Leaving Certificate Examination (including Day School Certificate (Higher) General paper), 1928
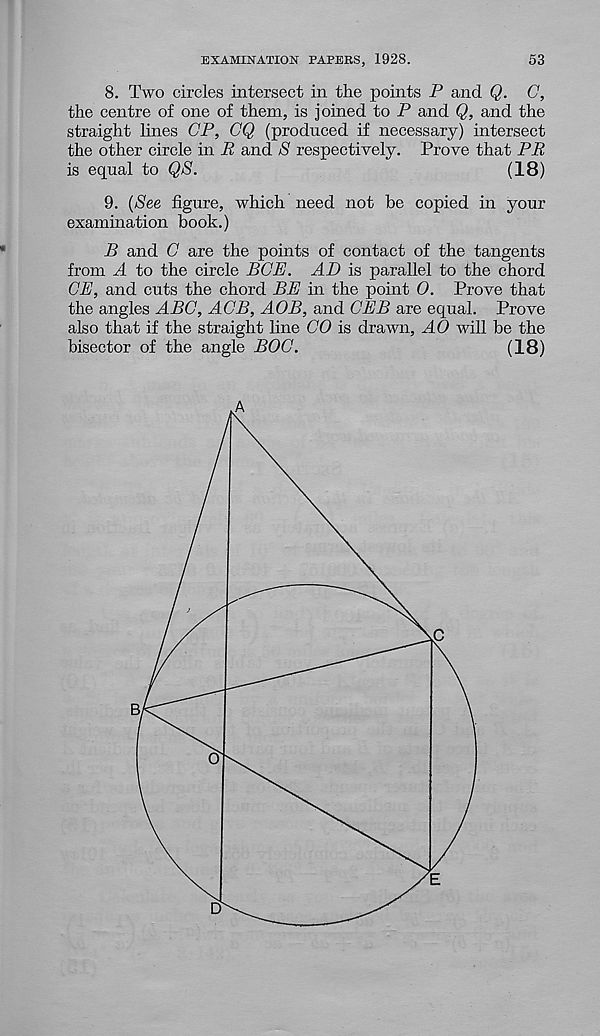
EXAMINATION PAPERS, 1928.
53
8. Two circles intersect in the points P and Q. C,
the centre of one of them, is joined to P and Q, and the
straight lines CP, CQ (produced if necessary) intersect
the other circle in R and S respectively. Prove that PR
is equal to QS.
(18)
9. (See figure, which need not be copied in your
examination book.)
B and C are the points of contact of the tangents
from A to the circle BCE. AD is parallel to the chord
CE, and cuts the chord BE in the point O. Prove that
the angles ABC, ACB, AOB, and CEB are equal. Prove
also that if the straight line CO is drawn, AO will be the
bisector of the angle BOC.
(18)
E